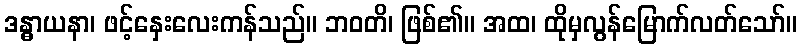
ဒန္ဓာယနာ၊ ဖင့်နှေးလေးကန်သည်။ ဘဝတိ၊ ဖြစ်၏။ အထ၊ ထိုမှလွန်မြောက်လတ်သော်။